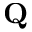
\mathbf Q